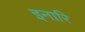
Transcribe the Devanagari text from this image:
इनारि